Civil Veterinary Department. Madras. Admin. report 1910-25 - 1910-1925
Year: 1910
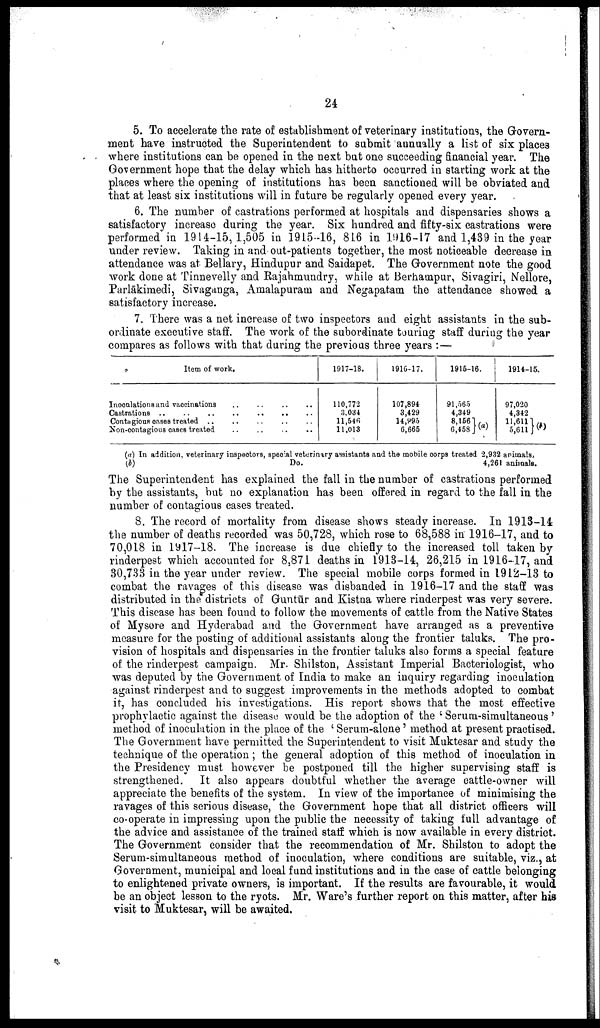
24
5. To accelerate the rate of establishment of veterinary institutions, the Govern
ment have instructed the Superintendent to submit aunually a list of six places
where institutions can be opened in the next but one succeeding financial year. The
Government hope that the delay which has hitherto occurred in starting work at the
places where the opening of institutions has been sanctioned will be obviated and
that at least six institutions will in future be regularly opened every year.
6. The number of castrations performed at hospitals and dispensaries shows a
satisfactory increase during the year. Six hundred and fifty-six castrations were
performed in 1914-15,1,505 in 1915-16, 816 in 1916-17 and 1,439 in the year
under review. Taking in and out-patients together, the most noticeable decrease in
attendance was at Bellary, Hindupur and Saidapet. The Government note the good
work done at Tinnevelly and Rajahmundry, while at Berhampur, Sivagiri, Nellore,
Parlākimedi, Sivaganga, Amalapuram and Negapatam the attendance showed a
satisfactory increase.
7. There was a net increase of two inspectors and eight assistants in the sub
ordinate executive staff. The work of the subordinate touring staff during the year
compares as follows with that during the previous three years: —
Item of work.
Inoculations and vaccinations .. .. .. ..
Castrations .. .. .. .. .. .. ..
Contagious cases treated ..
Non-contagious cases treated .. .. .. ..
1917-18.
110,772
3.034
11,546
11.013
1916-17.
107,894
3,429
14,995
6,665
1915-16.
91,565
4,349
8,1561 (a)
6,458
1914-15.
97,020
4,342
11,6111
5,611 (b)
(a) In addition, veterinary inspectors, special veterinary assistants and the mobile corps treated 2,932 animals,
(b)
Do.
4,261 animals.
The Superintendent has explained the fall in the number of castrations performed
by the assistants, but no explanation has been offered in regard to the fall in the
number of contagious cases treated.
8. The record of mortality from disease shows steady increase. In 1913—14
the number of deaths recorded was 50,728, which rose to 68,588 in 1916-17, and to
70,018 in 1917-18. The increase is due chiefly to the increased toll taken by
rinderpest which accounted for 8,871 deaths in 1913-14, 26,215 in 1916-17, and
30,733 in the year under review. The special mobile corps formed in 1912-13 to
combat the ravages of this disease was disbanded in 1916-17 and the staff was
distributed in the districts of Guntūr and Kistna where riuderpest was very severe.
This disease has been found to follow the movements of cattle from the Native States
of Mysore and Hyderabad and the Government have arranged as a preventive
measure for the posting of additional assistants along the frontier taluks. The pro
vision of hospitals and dispensaries in the frontier taluks also forms a special feature
of the rinderpest campaign. Mr. Shilston, Assistant Imperial Bacteriologist, who
was deputed by the Government of India to make an inquiry regarding inoculation
against rinderpest and to suggest improvements in the methods adopted to combat
it, has concluded his investigations. His report shows that the most effective
prophylactic against the disease would be the adoption of the 'Serum-simultaneous'
method of inoculation in the place of the 'Serum-alone' method at present practised.
The Government have permitted the Superintendent to visit Muktesar and study the
technique of the operation; the general adoption of this method of inoculation in
the Presidency must however be postponed till the higher supervising staff is
strengthened. It also appears doubtful whether the average cattle-owner will
appreciate the benefits of the system. In view of the importance of minimising the
ravages of this serious disease, the Government hope that all district officers will
co-operate in impressing upon the public the necessity of taking full advantage of
the advice and assistance of the trained staff which is now available in every district.
The Government consider that the recommendation of Mr. Shilston to adopt the
Serum-simultaneous method of inoculation, where conditions are suitable, viz., at
Government, municipal and local fund institutions and in the case of cattle belonging
to enlightened private owners, is important. If the results are favourable, it would
be an object lesson to the ryots. Mr. Ware's further report on this matter, after his
visit to Muktesar, will be awaited.